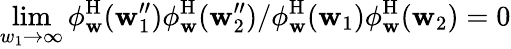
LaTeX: \operatorname*{lim}_{w_{1}\to\infty}\phi_{\mathbf{w}}^{\mathrm{H}}(\mathbf{w}_{1}^{\prime\prime})\phi_{\mathbf{w}}^{\mathrm{H}}(\mathbf{w}_{2}^{\prime\prime})/\phi_{\mathbf{w}}^{\mathrm{H}}(\mathbf{w}_{1})\phi_{\mathbf{w}}^{\mathrm{H}}(\mathbf{w}_{2})=0